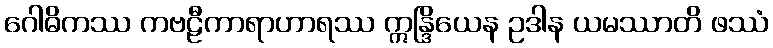
ဂေါဓိကဿ ကဗဠီကာရာဟာရဿ ဣန္ဒြိယေန ဥဒါန ယမဿာတိ ဖဿံ